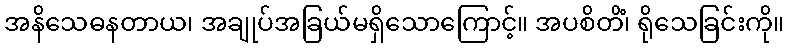
အနိသေဓနတာယ၊ အချုပ်အခြယ်မရှိသောကြောင့်။ အပစိတိံ၊ ရိုသေခြင်းကို။